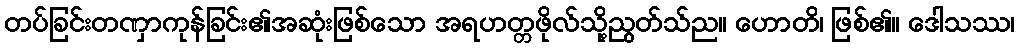
တပ်ခြင်းတဏှာကုန်ခြင်း၏အဆုံးဖြစ်သော အရဟတ္တဖိုလ်သို့ညွတ်သ်ည။ ဟောတိ၊ ဖြစ်၏။ ဒေါသဿ၊